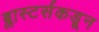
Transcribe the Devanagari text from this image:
ब्लास्टर्सकडून